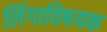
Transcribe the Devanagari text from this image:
लिंगाविषयक